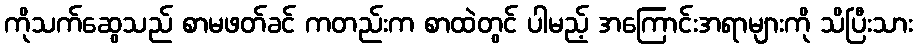
ကိုသက်ဆွေသည် စာမဖတ်ခင် ကတည်းက စာထဲတွင် ပါမည့် အကြောင်းအရာများကို သိပြီးသား